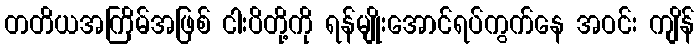
တတိယအကြိမ်အဖြစ် ငါးပိတို့ကို ရန်မျိုးအောင်ရပ်ကွက်နေ အဝင်း ကျိန်